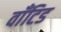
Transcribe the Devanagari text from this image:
वाँटिड